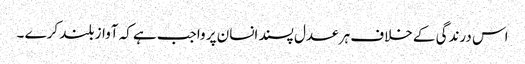
اس درندگی کے خلاف ہر عدل پسند انسان پر واجب ہے کہ آواز بلند کرے ۔